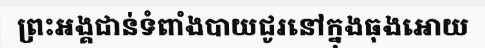
ព្រះអង្គជាន់ទំពាំងបាយជូរនៅក្នុងធុងអោយ